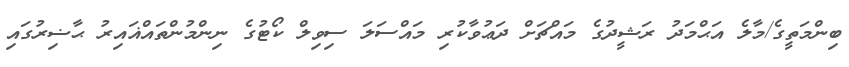
ބިންމަތީގެ/މާލެ އަޙްމަދު ރަޝީދުގެ މައްޗަށް ދަޢުވާކުރި މައްސަލަ ސިވިލް ކޯޓުގެ ނިންމުންތައްޣައިރު ޙާޟިރުގައި